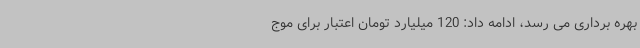
بهره برداری می رسد، ادامه داد: 120 میلیارد تومان اعتبار برای موج